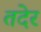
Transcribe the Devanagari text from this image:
तदेर